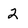
Character: 2